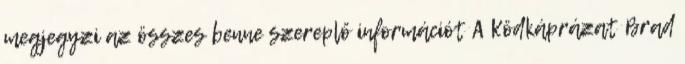
megjegyzi az összes benne szereplő információt A Ködkáprázat Brad